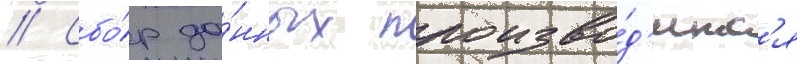
// Сбо́р да́нных произво́д'итс'я